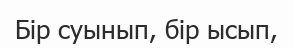
Бір суынып, бір ысып,